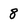
Character: 8